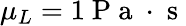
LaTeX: \mu_{L}=1\mathrm{~P~a~}\cdot\mathrm{~s~}